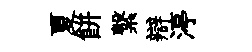
夏餅繋辯渟